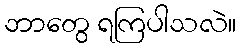
ဘာတွေ ရကြပါသလဲ။